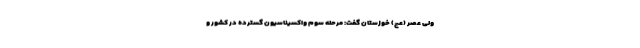
ولی عصر (عج) خوزستان گفت: مرحله سوم واکسیناسیون گسترده در کشور و